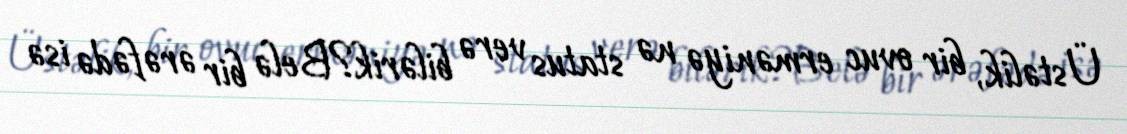
Üstəlik, bir ovuc erməniyə nə status verə bilərik?Belə bir ərəfədə isə